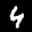
Digit: 4